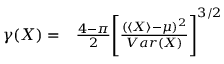
\begin{array} { r l } { \gamma ( X ) = } & { { } \frac { 4 - \pi } { 2 } \Biggl [ \frac { ( \langle X \rangle - \mu ) ^ { 2 } } { V a r ( X ) } \Biggr ] ^ { 3 / 2 } } \end{array}